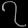
Digit: ၇